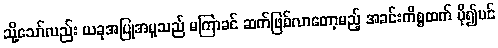
သို့သော်လည်း ယခုအပြုအမူသည် မကြာခင် ဆက်ဖြစ်လာတော့မည့် အခင်းကိစ္စထက် ပို၍ပင်